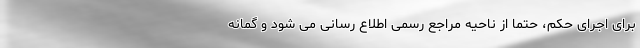
برای اجرای حکم، حتما از ناحیه مراجع رسمی اطلاع رسانی می شود و گمانه